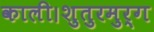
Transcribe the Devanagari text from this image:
काली।शुतुरमुर्ग